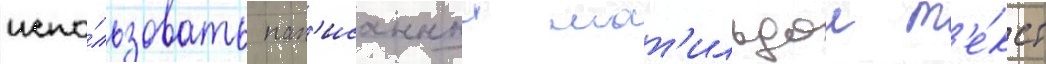
испо́льзовать нап'исанныи мат'ильдои т'е́кст